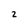
Character: 2